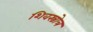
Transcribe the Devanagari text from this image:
शिवस्त्रोत्र